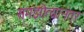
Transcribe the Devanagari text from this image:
समझोत्यानंतर